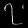
Digit: ၇